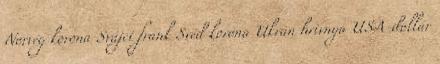
Norvég korona Svájci frank Svéd korona Ukrán hrivnya USA-dollár